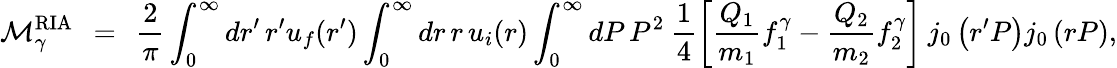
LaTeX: {\cal M}_{\gamma}^{\mathrm{RIA}}\: \: =\: \: \frac{2}{\pi}\int_{0}^{\infty}dr^{\prime}\, r^{\prime}u_{f}(r^{\prime})\int_{0}^{\infty}dr\, r\, u_{i}(r)\int_{0}^{\infty}dP\, P^{2}\: \frac{1}{4}\left[\frac{Q_{1}}{m_{1}}f_{1}^{\gamma}-\frac{Q_{2}}{m_{2}}f_{2}^{\gamma}\right]\: j_{0}\left(r^{\prime}P\right)j_{0}\left(rP\right),